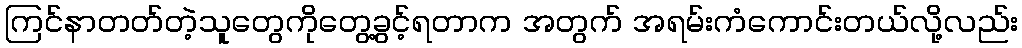
ကြင်နာတတ်တဲ့သူတွေကိုတွေ့ခွင့်ရတာက အတွက် အရမ်းကံကောင်းတယ်လို့လည်း